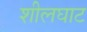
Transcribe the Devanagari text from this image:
शीलघाट